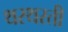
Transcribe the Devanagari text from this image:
थरथरती